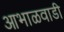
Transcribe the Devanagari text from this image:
आभाळवाडी